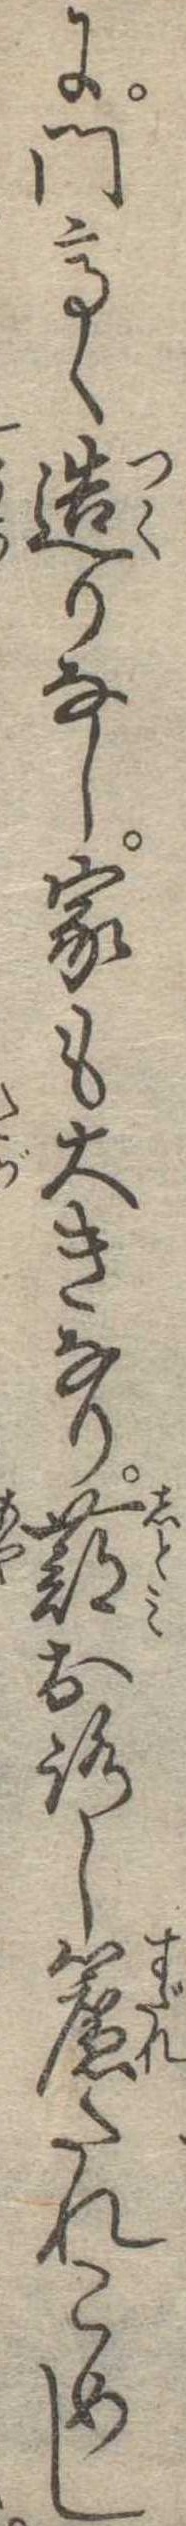
に門高く造りなし家も大きなり蔀おろし簾たれこめし